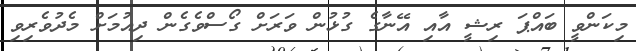
މިކަންވީ ބައްޕަ ރިޝީ އާއި އޭނާގެ ގުޅުން ވަރަށް ގޯސްވެގެން ދިއުމަށް މެދުވެރިވި